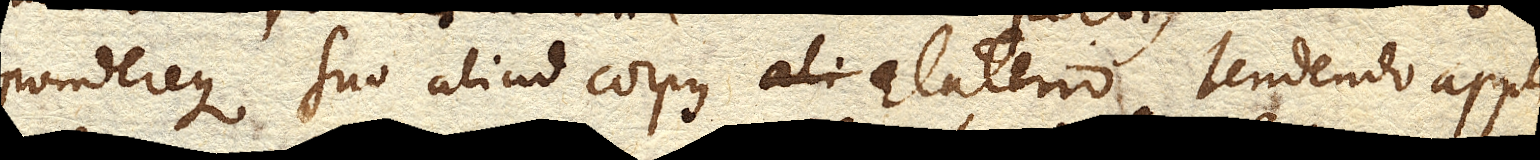
pondereque suo aliud corpus Elaterio tendendo appli–